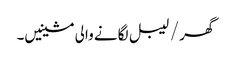
گھر / لیبل لگانے والی مشینیں۔